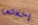
إخلاص